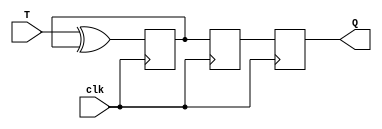
module MasterSlaveT_FF (
    input wire T, 
    input wire clk, 
    output reg Q
);

reg master_Q, slave_Q;

always @(posedge clk)
begin
    master_Q <= T ^ master_Q;
end

always @(negedge clk)
begin
    slave_Q <= master_Q;
    Q <= slave_Q;
end

endmodule